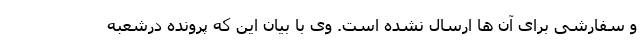
و سفارشی برای آن ها ارسال نشده است. وی با بیان این که پرونده درشعبه